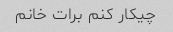
چیکار کنم برات خانم